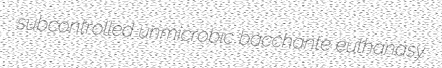
subcontrolled unmicrobic bacchante euthanasy